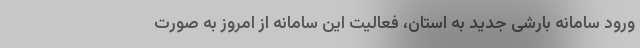
ورود سامانه بارشی جدید به استان، فعالیت این سامانه از امروز به صورت